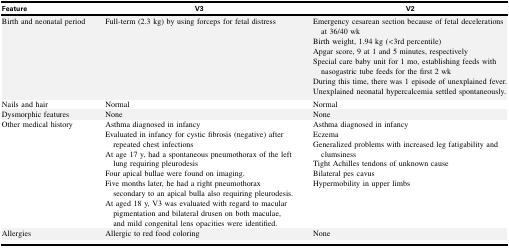
<table><thead><tr><td><b>Feature</b></td><td><b>V3</b></td><td><b>V2</b></td></tr></thead><tbody><tr><td>Birth and neonatal period</td><td>Full-term (2.3 kg) by using forceps for fetal distress</td><td>Emergency cesarean section because of fetal decelerations at 36/40 wkBirth weight, 1.94 kg (&lt;3rd percentile)Apgar score, 9 at 1 and 5 minutes, respectivelySpecial care baby unit for 1 mo, establishing feeds with nasogastric tube feeds for the first 2 wkDuring this time, there was 1 episode of unexplained fever.Unexplained neonatal hypercalcemia settled spontaneously.</td></tr><tr><td>Nails and hair</td><td>Normal</td><td>Normal</td></tr><tr><td>Dysmorphic features</td><td>None</td><td>None</td></tr><tr><td>Other medical history</td><td>Asthma diagnosed in infancyEvaluated in infancy for cystic fibrosis (negative) after repeated chest infectionsAt age 17 y, had a spontaneous pneumothorax of the left lung requiring pleurodesisFour apical bullae were found on imaging.Five months later, he had a right pneumothorax secondary to an apical bulla also requiring pleurodesis.At aged 18 y, V3 was evaluated with regard to macular pigmentation and bilateral drusen on both maculae, and mild congenital lens opacities were identified.</td><td>Asthma diagnosed in infancyEczemaGeneralized problems with increased leg fatigability and clumsinessTight Achilles tendons of unknown causeBilateral pes cavusHypermobility in upper limbs</td></tr><tr><td>Allergies</td><td>Allergic to red food coloring</td><td>None</td></tr></tbody></table>